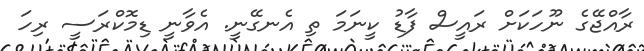
ރާއްޖޭގެ ނޫހަކަށް ރައީސް ފާޑު ކީނަމަ ތި އެނގޭނީ. އެވާނީ ޑިމޮކްރަސީ ރިހަ